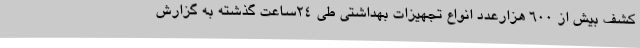
کشف بیش از 600 هزارعدد انواع تجهیزات بهداشتی طی 24ساعت گذشته به گزارش